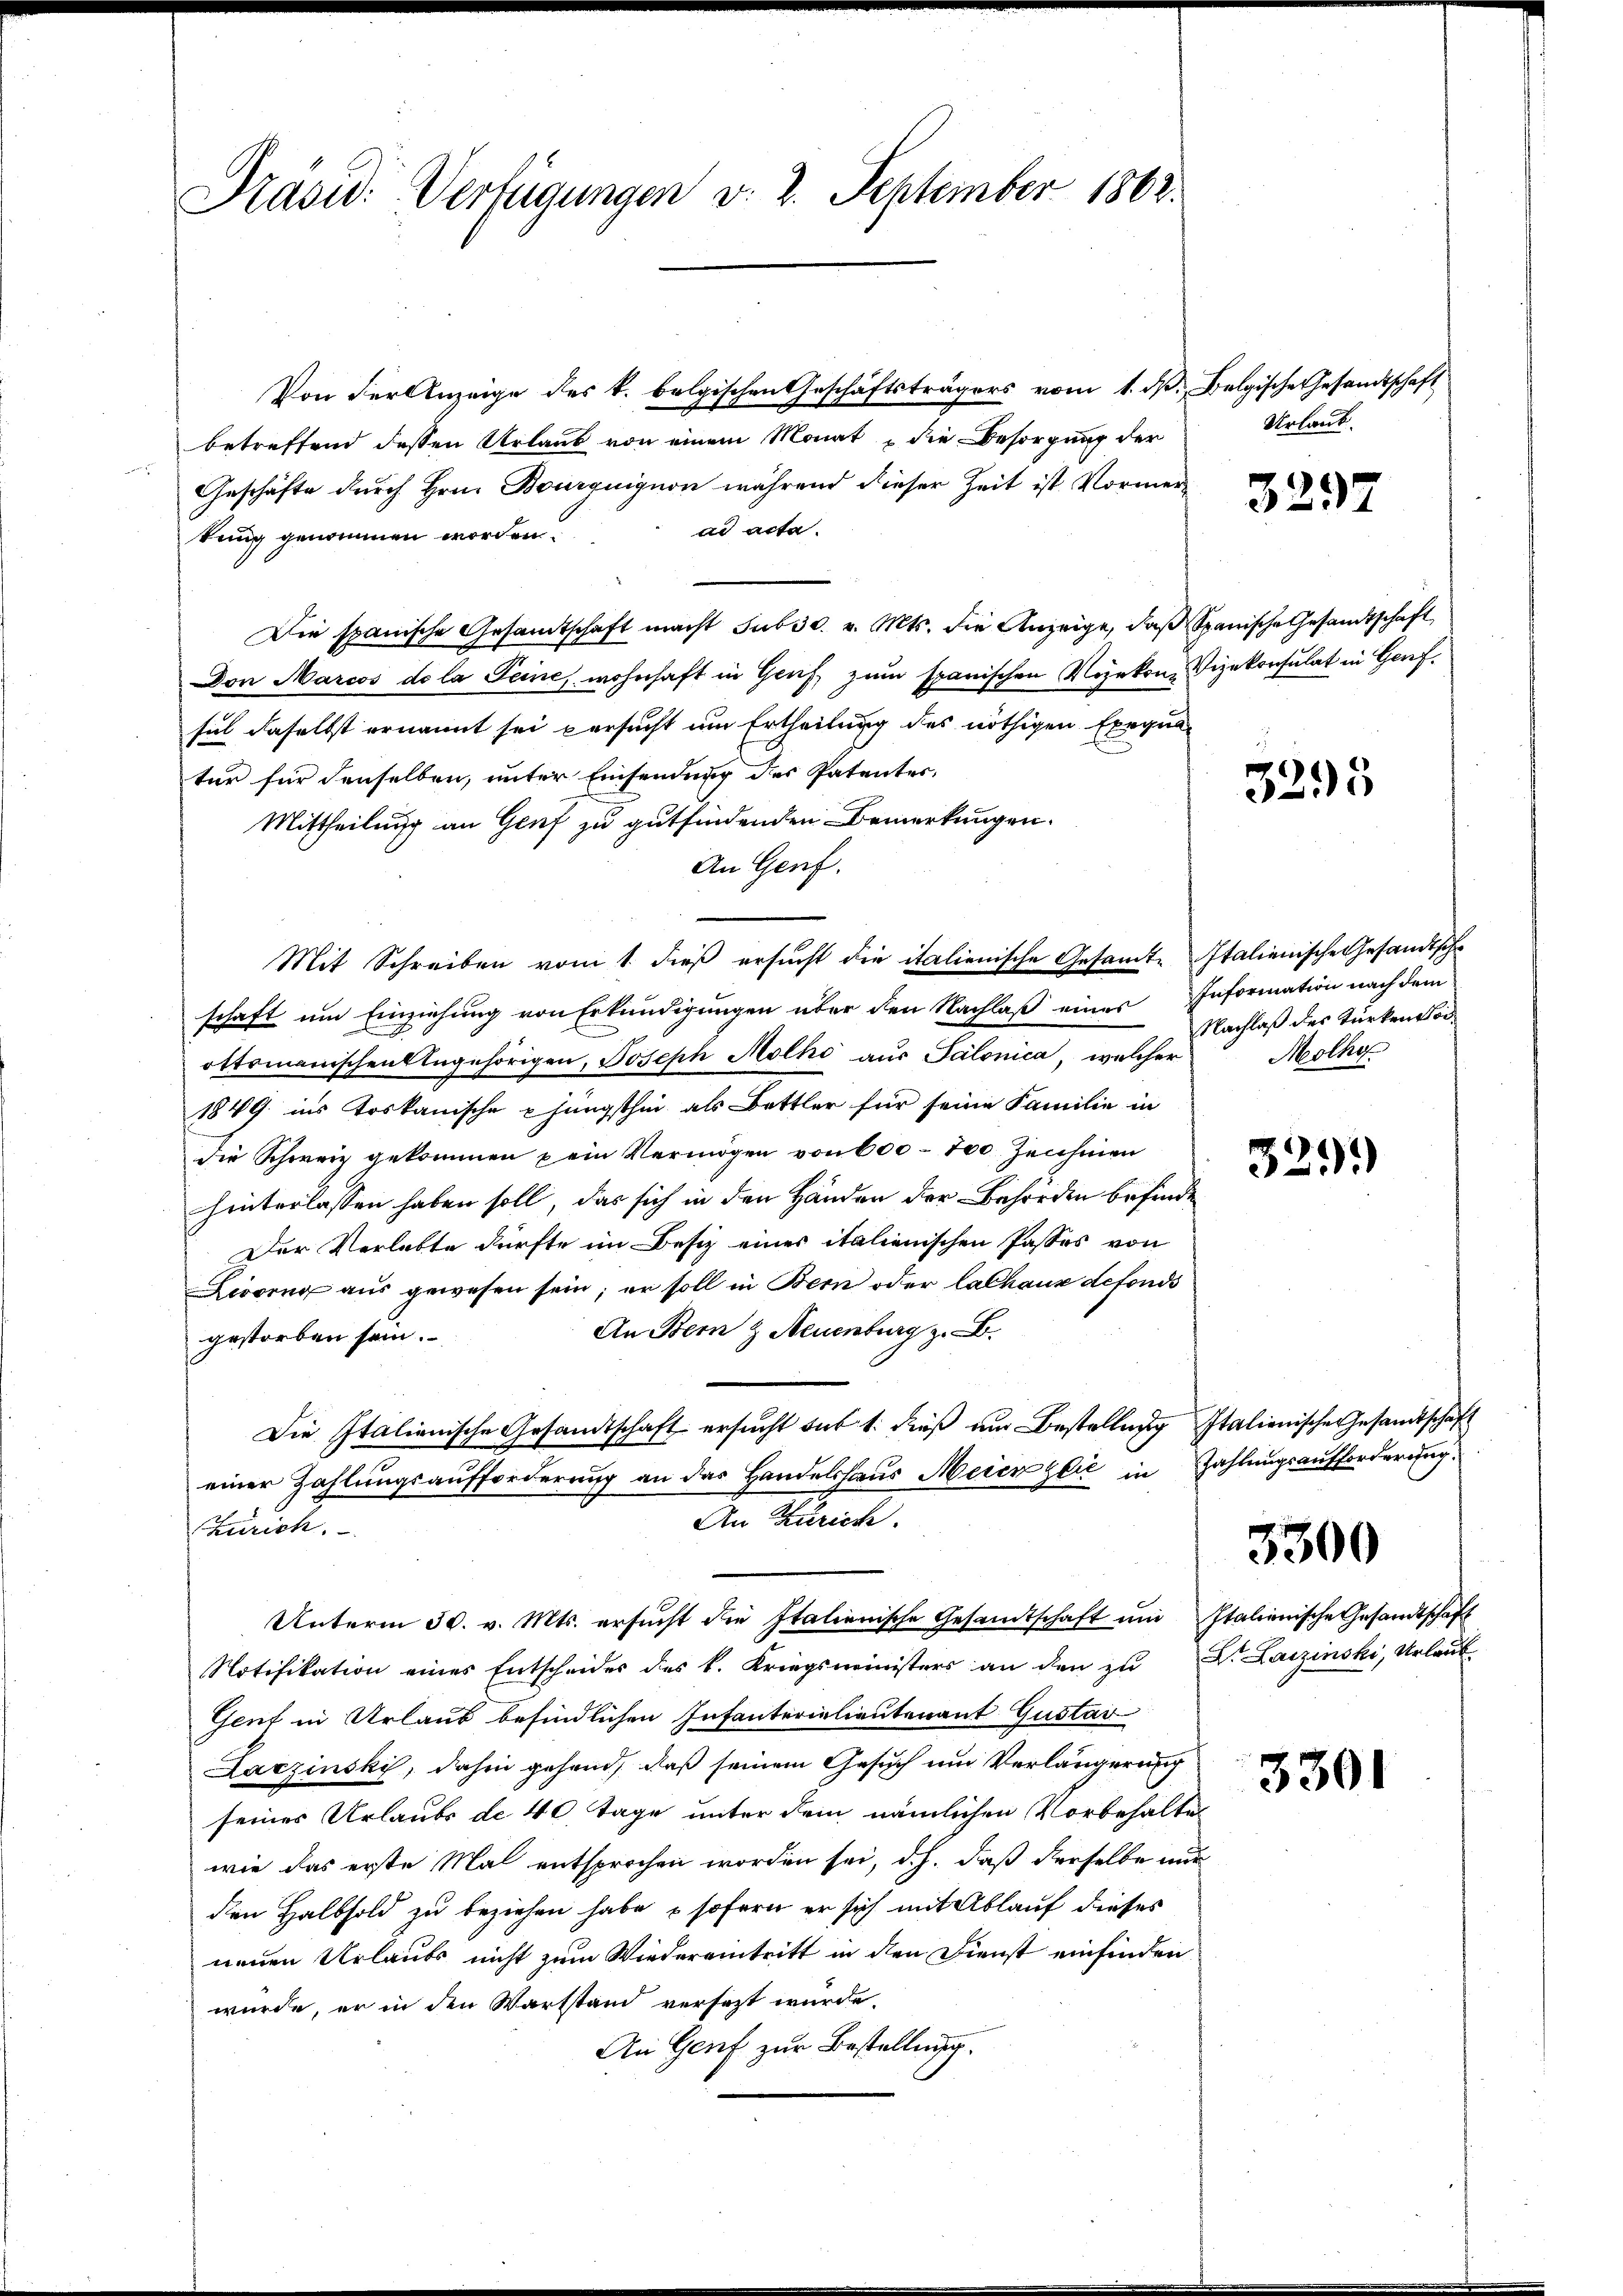
Präsid. Verfügungen v. 2. September 1862.

Von der Anzeige des k. belgischen Geschäftsträgers vom 1. dß. Belgische Gesandtschaft
betreffend dessen Urlaub von einem Monat die Besorgung der
Geschäfte durch Hrn. Bourquignon während dieser Zeit ist Vormerad acta.
kung genommen worden.
Die spanische Gesandtschaft macht Subsd. v. Mts. die Anzeige, daß Spanische Gesandtschaft,
Dor Marcos de la Peine, wohnhaft in Gruf, zum spanischen Vizekon, Vizekonsulat in Genf.
sul daselbst ernannt sei versucht um Ertheilung des nöthigen Exequa-
tur für denselben, unter Einsendung des Patentes,
Mittheilung an Genf zu gutfindenden Bemerkungen.
An Genf.
Mit Schreiben vom 1. dieß ersucht die italienische Gesamt- Italienische Gesandtscha
schaft um Einziehung von Erkundigungen über den Nachlaß eines Information nach dem
ottomanischen Ungehörigen, Joseph Molho aus Salonica, welcher
1849 ins toskanische u jüngsthin als Bettler für seine Familie in
die Schweiz gekommen u ein Vermögen von 600 - 100. Zeichnen
hinterlassen haben soll, das sich in den Händen der Behörden befinde
Der Verlebte dürfte im Besiz eines italienischen Passes von
Livorn aus gewesen sein; er soll in Bern oder Cathaus defonds
An Bern & Neuenburg z. B.
gestorben sein.
Die Italienische Gesandtschaft ersucht das 1. dieß und Bestellung Italienische Gesandtschaft
einer Zahlungsaufforderung an das Handelshaus Meier zeit in Zahlungsaufforderung.
An Zürich.
Zürich.
Unterm 30. v. Mts. ersŭcht die Italienische Gesandtschaft ŭm Italienische Gesandtschaft
Notifikation eines Entscheides des k. Kriegsministers an den zu Dr. Larzinski, Urlaub
Gent in Urlaub befindlichen Infanterialientenant Gustav
Larzinski, dahin gehend, daß seinem Gesuch und Verlängerung
seines Urlaubs de 40 Tage unter dem nämlichen Vorbehaltes
wie das erste Mal entsprochen worden sei, d.h. daß derselbe nur
den Halbhold zu beziehen habe, sofern er sich mit Ablauf dieses
nenen Urlaubs nicht zum Wiedereintritt in den Dienst einfinden
würde, er in den Wartstand versezt wurde.
An Genf zur Bestellung.

Urlaub.

3297

3295

Nachlaß des Türkenthei¬
Molho

3291)

3300

3301